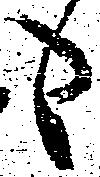
も